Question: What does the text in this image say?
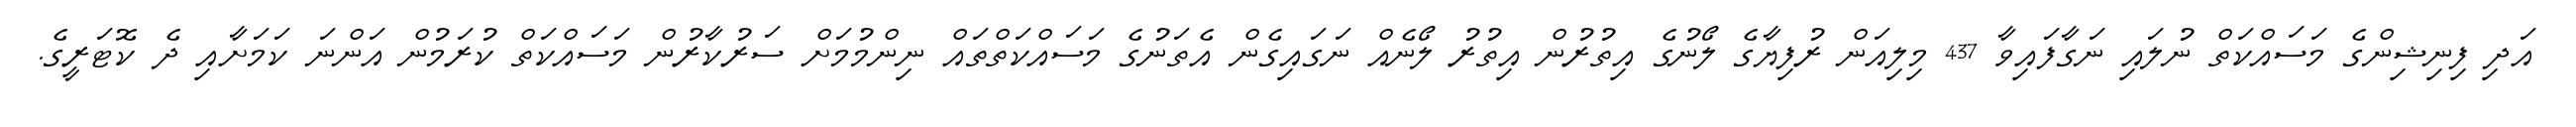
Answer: އަދި ފިނިޝިންގެ މަސައްކަތް ނުލައި ނަގާފައިވާ 437 މިލިއަން ރުފިޔާގެ ލޯނުގެ އިތުރުން އިތުރު ލޯނެއް ނަގައިގެން އެތަނުގެ މަސައްކަތްތައް ނިންމުމަށް ސަރުކާރުން މަސައްކަތް ކުރަމުން އަންނަ ކަމަށާއި ދެ ކޮޓަރީގެ.